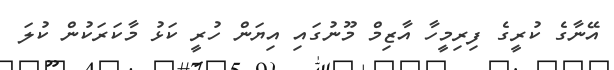
އޭނާގެ ކުރީގެ ފިރިމީހާ އާޒިމް މޫނުގައި އިޔަން ހުރީ ކަޅު މާކަރަކުން ކުލަ